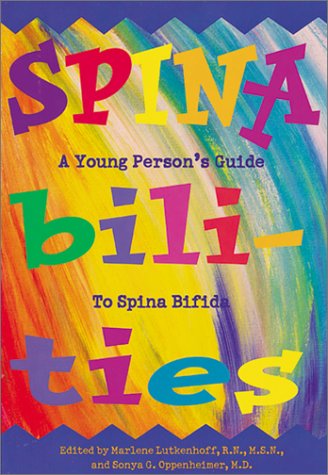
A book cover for SPINAbilities: A Young Person's Guide to Spina Bifida; Teen & Young Adult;